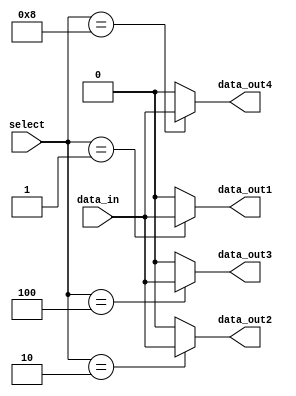
module demux_1to4 (
  input wire [3:0] select,
  input wire data_in,
  output wire data_out1,
  output wire data_out2,
  output wire data_out3,
  output wire data_out4
);

assign data_out1 = (select == 4'b0001) ? data_in : 1'b0;
assign data_out2 = (select == 4'b0010) ? data_in : 1'b0;
assign data_out3 = (select == 4'b0100) ? data_in : 1'b0;
assign data_out4 = (select == 4'b1000) ? data_in : 1'b0;

endmodule